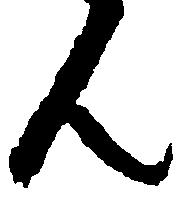
ん